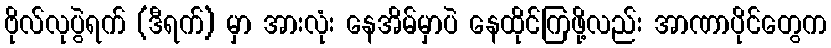
ဗိုလ်လုပွဲရက် (ဒီရက်) မှာ အားလုံး နေအိမ်မှာပဲ နေထိုင်ကြဖို့လည်း အာဏာပိုင်တွေက